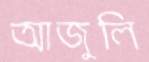
আজুলি